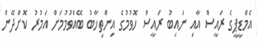
އެމްޑީޕީގެ ރައީސް އާއި ނައިބު ރައީސް ހޮވުމުގެ އިންތިޚާބު ބޭއްވުމުމަށް އަމުރު ކޮށްދޭން